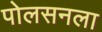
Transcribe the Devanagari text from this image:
पोलसनला